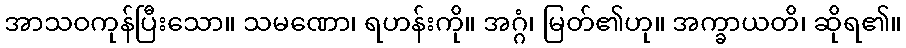
အာသဝကုန်ပြီးသော။ သမဏော၊ ရဟန်းကို။ အဂ္ဂံ၊ မြတ်၏ဟု။ အက္ခာယတိ၊ ဆိုရ၏။